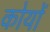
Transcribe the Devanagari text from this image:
कोयों